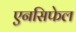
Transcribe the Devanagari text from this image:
एनसिफेल